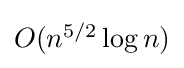
{\textstyle O(n^{5/2}\log n)}